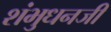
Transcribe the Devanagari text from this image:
शंभुधनजी